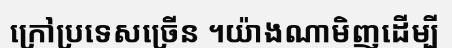
ក្រៅប្រទេសច្រើន ។យ៉ាងណាមិញដើម្បី